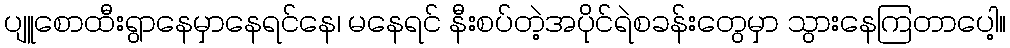
ပျူစောထီးရွာနေမှာနေရင်နေ၊ မနေရင် နီးစပ်တဲ့အပိုင်ရဲစခန်းတွေမှာ သွားနေကြတာပေါ့။